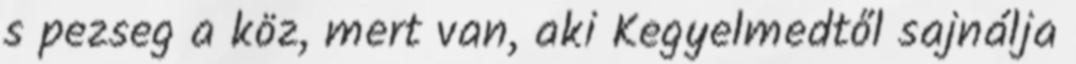
s pezseg a köz, mert van, aki Kegyelmedtől sajnálja